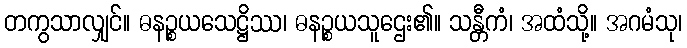
တကွသာလျှင်။ ဓနဉ္စယသေဋ္ဌိဿ၊ ဓနဉ္စယသူဌေး၏။ သန္တီကံ၊ အထံသို့။ အဂမံသု၊